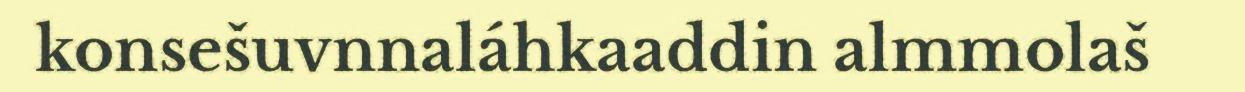
konsešuvnnaláhkaaddin almmolaš